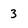
Character: 3